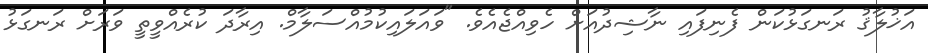
އަޚުލާޤު ރަނގަޅުކަން ފެނިފައި ނާޝިދުއަށް ހެވިއްޖެއެވެ. "ވައަލައިކުމުއްސަލާމް. އިރާދަ ކުރެއްވީތީ ވަރަށް ރަނގަޅު